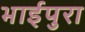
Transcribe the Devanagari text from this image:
भाईपुरा